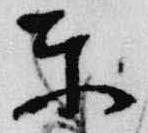
東